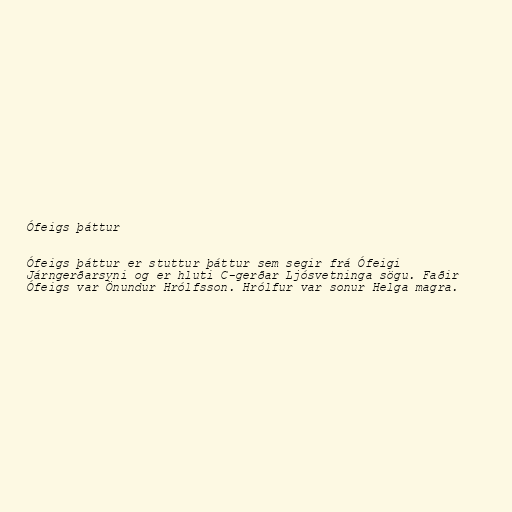
Ófeigs þáttur

Ófeigs þáttur er stuttur þáttur sem segir frá Ófeigi
Járngerðarsyni og er hluti C-gerðar Ljósvetninga sögu. Faðir
Ófeigs var Önundur Hrólfsson. Hrólfur var sonur Helga magra.